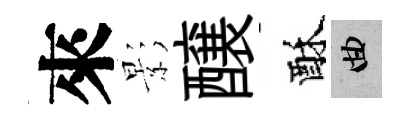
來影醸酥曲